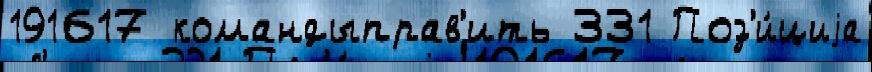
191617 командыправ'ить 331 Поз'и́циjа